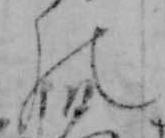
の